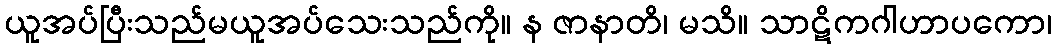
ယူအပ်ပြီးသည်မယူအပ်သေးသည်ကို။ န ဇာနာတိ၊ မသိ။ သာဋိကဂါဟာပကော၊